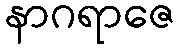
နာဂရာဇေ